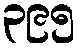
၃၉၅